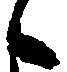
候